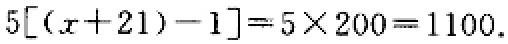
\[5[(x + 21)-1]=5\times200 = 1100.\]